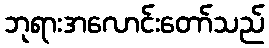
ဘုရားအလောင်းတော်သည်